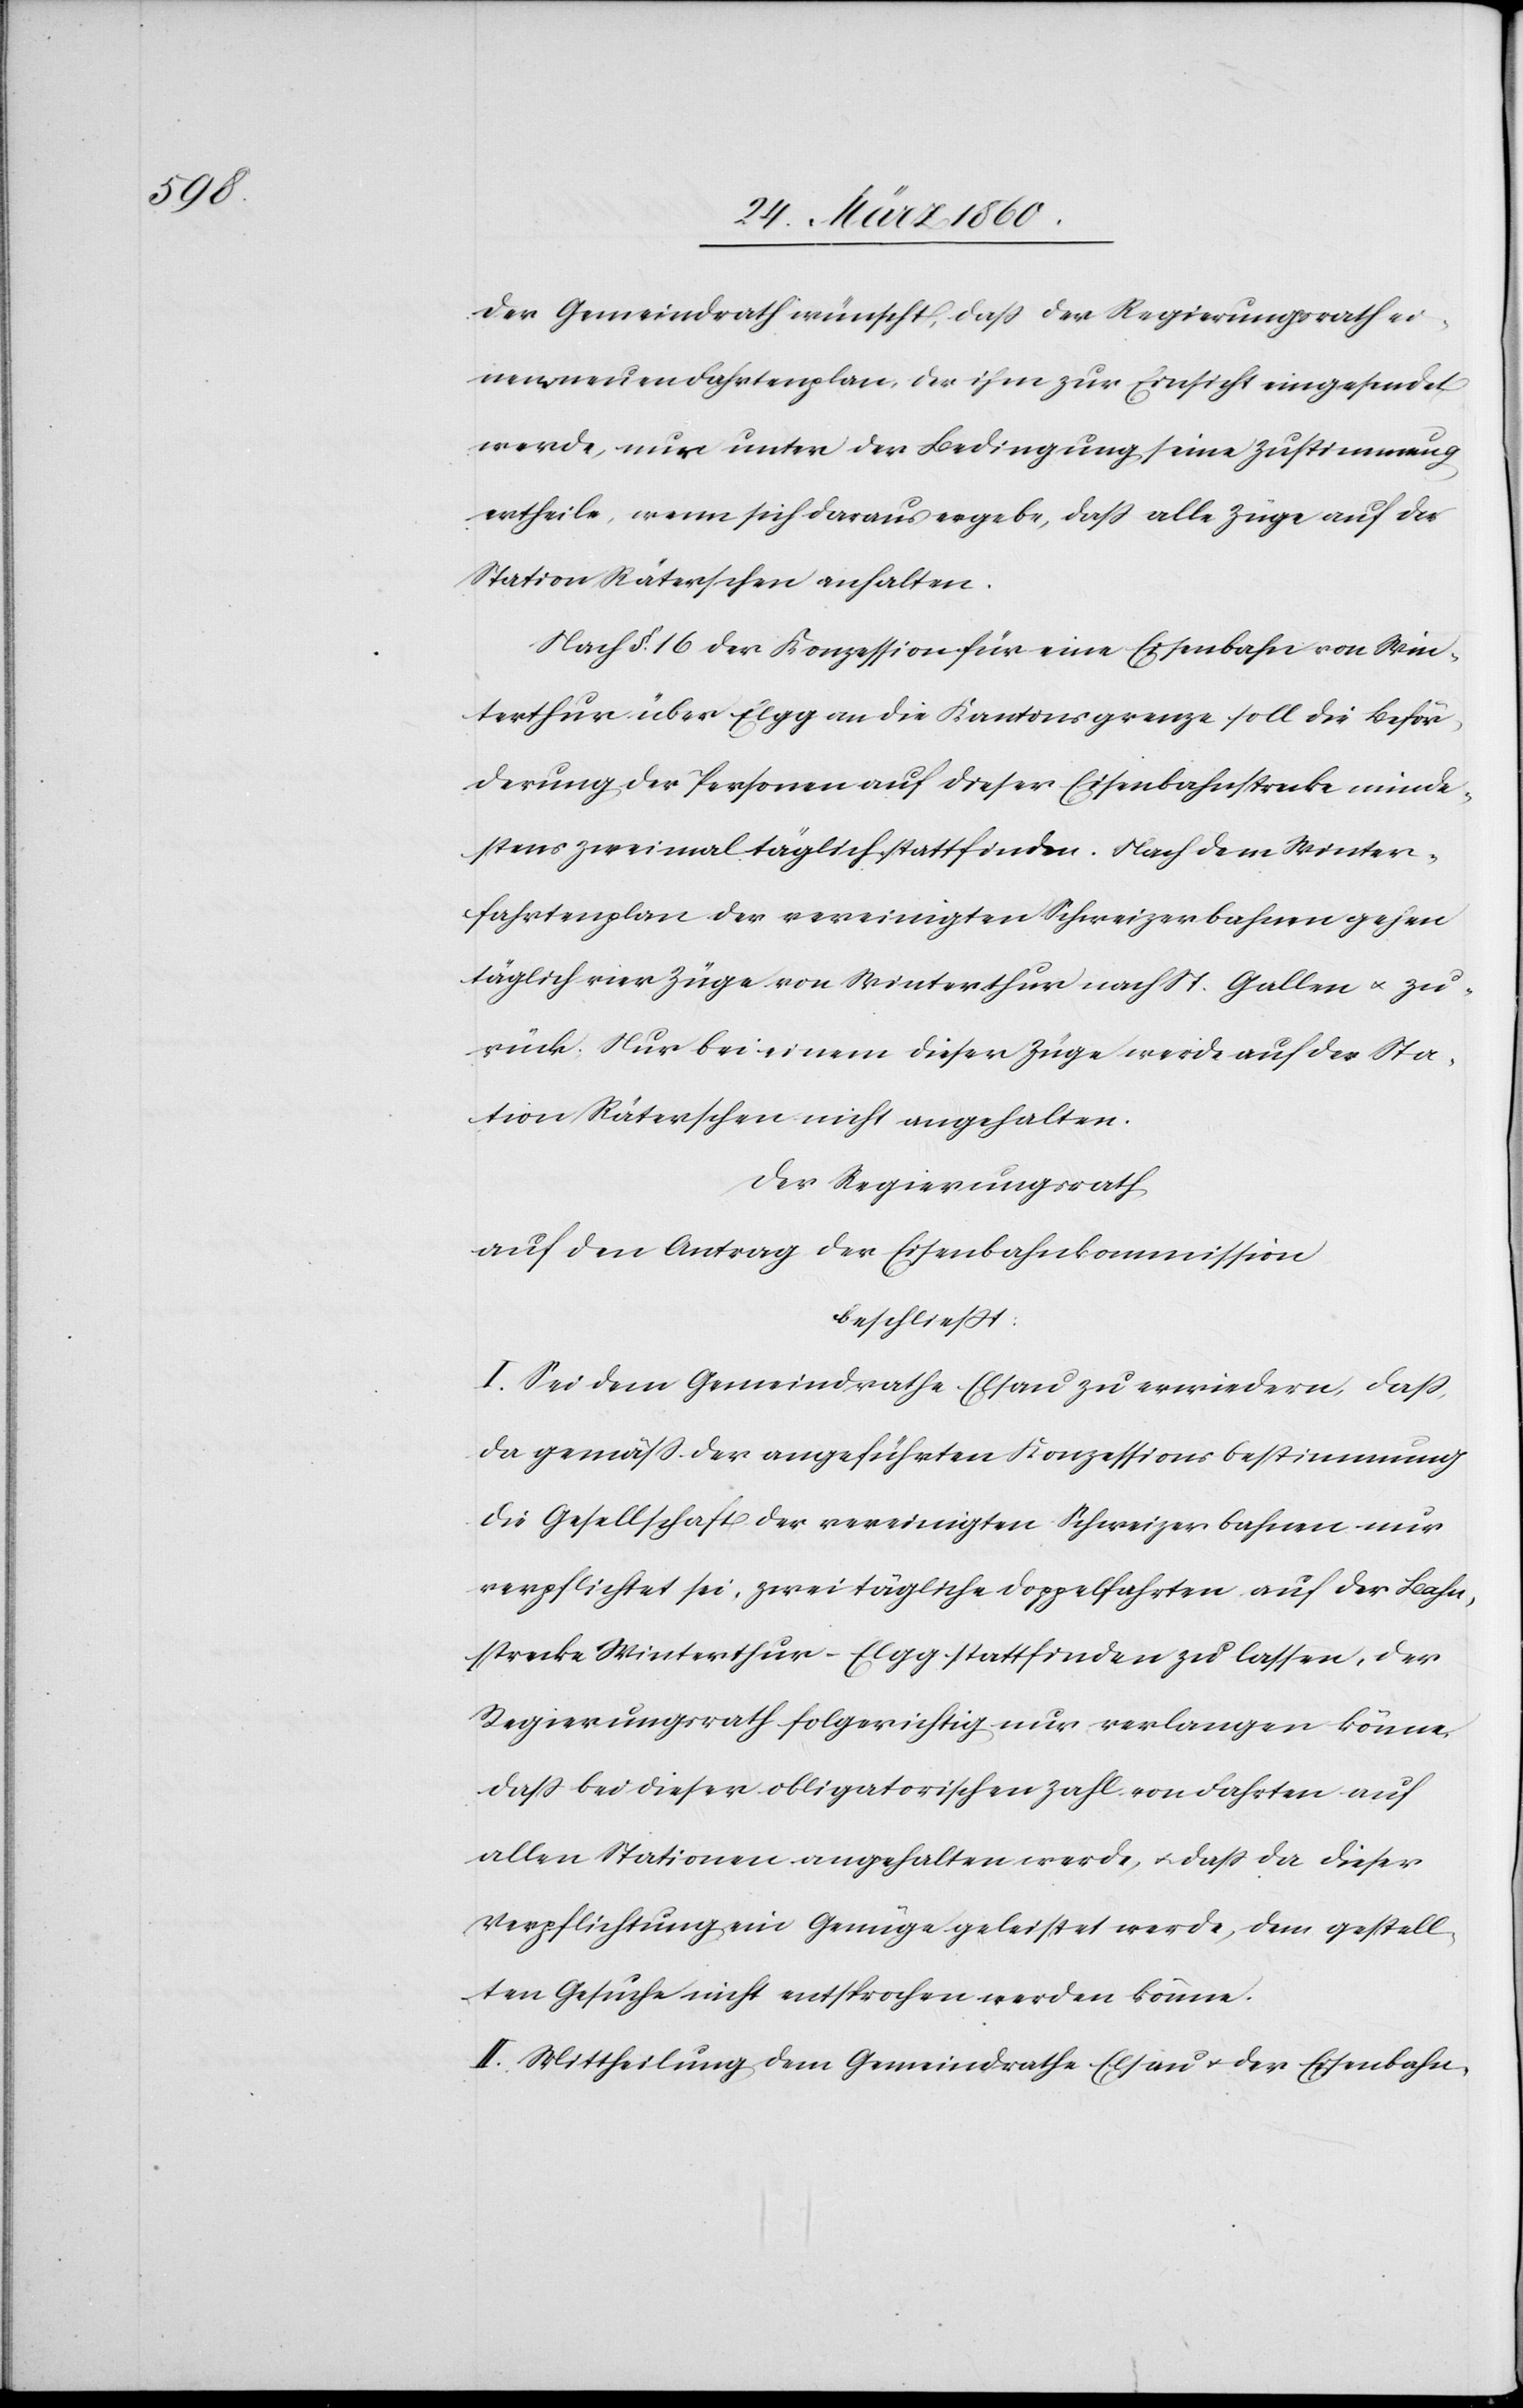
Der Gemeindrath wünscht, dass der Regierungsrath ei¬
nen neuen Fahrtenplan, der ihm zur Einsicht eingesendet
werde, nur unter der Bedingung seine Zustimmung
ertheile, wenn sich daraus ergebe, dass alle Züge auf der
Station Räterschen anhalten.
Nach §. 16. der Konzession für eine Eisenbahn von Win¬
terthur über Elgg an die Kantonsgrenze soll die Beför¬
derung der Personen auf dieser Eisenbahnstrecke minde¬
stens zweimal täglich stattfinden. Nach dem Winter¬
fahrtenplan der vereinigten Schweizerbahnen gehen
täglich vier Züge von Winterthur nach St. Gallen u. zu¬
rück. Nur bei einem dieser Züge werde auf der Sta¬
tion Räterschen nicht angehalten.
Der Regierungsrath
auf den Antrag der Eisenbahnkommission
beschliesst:
I. Sei dem Gemeindrathe Elsau zu erwiedern, dass,
da gemäss der angeführten Konzessionsbestimmung
die Gesellschaft der vereinigten Schweizerbahnen nur
verpflichtet sei, zwei tägliche Doppelfahrten auf der Bahn¬
strecke Winterthur–Elgg stattfinden zu lassen, der
Regierungsrath folgerichtig nur verlangen könne,
dass bei dieser obligatorischen Zahl von Fahrten auf
allen Stationen angehalten werde, u. dass da dieser
Verpflichtung ein Genüge geleistet werde, dem gestell¬
ten Gesuche nicht entsprochen werden könne.
II. Mittheilung dem Gemeindrathe Elsau u. der Eisenbahn-